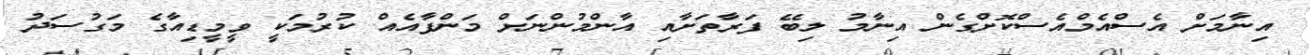
އިނާމަށް އެސްއެމްއެސްކޮށްގެން އިނާމު ލިބޭ ފަރާތަށާއި އާންމުންނަށް މަންފާއެއް ކުރުމަކީ ވީމީޑިއާގެ މަގުސަދު